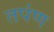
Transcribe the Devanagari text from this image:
तपंण